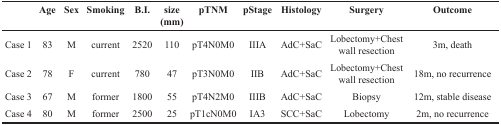
<table><thead><tr><td></td><td><b>Age</b></td><td><b>Sex</b></td><td><b>Smoking</b></td><td><b>B.I.</b></td><td><b>size (mm)</b></td><td><b>pTNM</b></td><td><b>pStage</b></td><td><b>Histology</b></td><td><b>Surgery</b></td><td><b>Outcome</b></td></tr></thead><tbody><tr><td>Case 1</td><td>83</td><td>M</td><td>current</td><td>2520</td><td>110</td><td>pT4N0M0</td><td>IIIA</td><td>AdC+SaC</td><td>Lobectomy+Chest wall resection</td><td>3m, death</td></tr><tr><td>Case 2</td><td>78</td><td>F</td><td>current</td><td>780</td><td>47</td><td>pT3N0M0</td><td>IIB</td><td>AdC+SaC</td><td>Lobectomy+Chest wall resection</td><td>18m, no recurrence</td></tr><tr><td>Case 3</td><td>67</td><td>M</td><td>former</td><td>1800</td><td>55</td><td>pT4N2M0</td><td>IIIB</td><td>AdC+SaC</td><td>Biopsy</td><td>12m, stable disease</td></tr><tr><td>Case 4</td><td>80</td><td>M</td><td>former</td><td>2500</td><td>25</td><td>pT1cN0M0</td><td>IA3</td><td>SCC+SaC</td><td>Lobectomy</td><td>2m, no recurrence</td></tr></tbody></table>